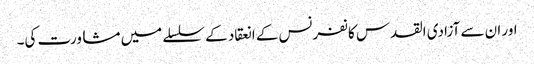
اور ان سے آزادی القدس کانفرنس کے انعقاد کے سلسلے میں مشاورت کی۔